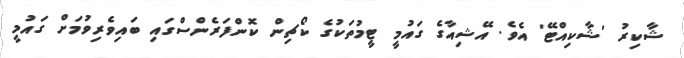
ޝާކިރު 'ޝާކިއްޓޭ' އެވެ. އޭޝިއާގެ ގައުމީ ޓީމުތަކުގެ ކޯޗިން ކޮންފަރެންސްގައި ބައިވެރިވުމަށް ގައުމީ